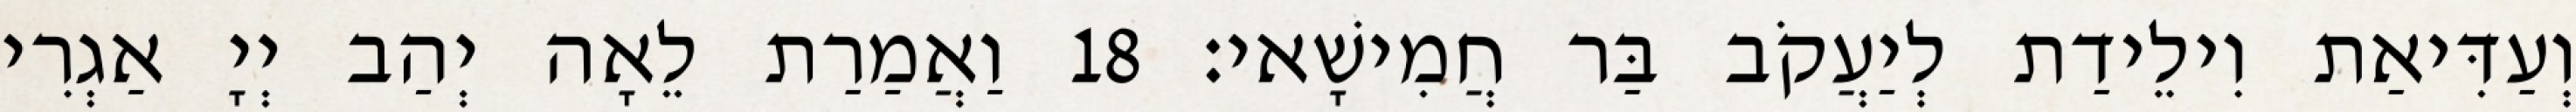
וְעַדִּיאַת וִילֵידַת לְיַעֲקֹב בַּר חֲמִישָׁאי׃ 18 וַאֲמַרַת לֵאָה יְהַב יְיָ אַגְרִי